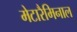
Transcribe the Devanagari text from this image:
मेटारैमिनाल